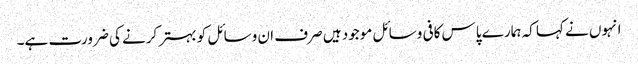
انہوں نے کہا کہ ہمارے پاس کافی وسائل موجود ہیں صرف ان وسائل کو بہتر کرنے کی ضرورت ہے۔